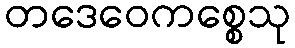
တဒေဝေကစ္စေသု